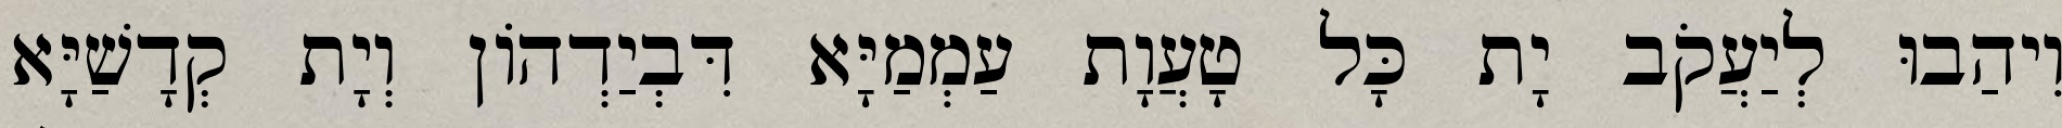
וִיהַבוּ לְיַעֲקֹב יָת כָּל טָעֲוָת עַמְמַיָּא דִּבְיַדְהוֹן וְיָת קְדָשַׁיָּא